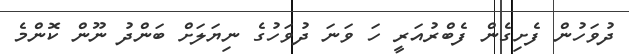
ދުވަހުން ފެށިގެން ފެބްރުއަރީ ހަ ވަނަ ދުވަހުގެ ނިޔަލަށް ބަންދު ނޫން ކޮންމެ